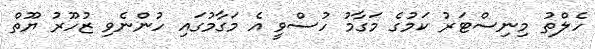
ހެލްތު މިނިސްޓަރު ކަމުގެ މަގާމު ހުސްވީ އެ މަގާމުގައި ހުންނެވި ޒުހޫރު ޔޫތް